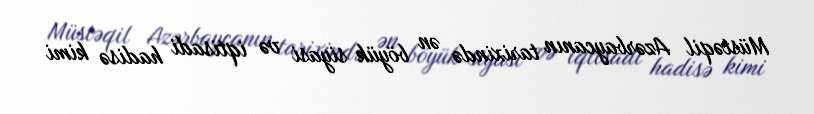
Müstəqil Azərbaycanın tarixində ən böyük siyasi və iqtisadi hadisə kimi